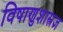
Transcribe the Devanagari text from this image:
विषाणुशास्त्रज्ञ